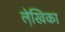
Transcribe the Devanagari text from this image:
ले़खिका